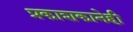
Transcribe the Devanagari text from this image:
प्रकाशकानेही